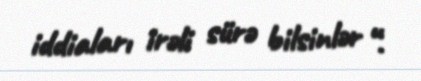
iddiaları irəli sürə bilsinlər “.